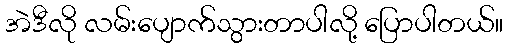
အဲဒီလို လမ်းပျောက်သွားတာပါလို့ ပြောပါတယ်။